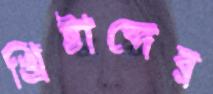
খ্রিষ্টাব্দের